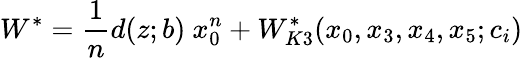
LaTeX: W^{\ast}=\frac{1}{n}d(z;b)~x_{0}^{n}+W_{K3}^{\ast}(x_{0},x_{3},x_{4},x_{5};c_{i})